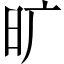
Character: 旷